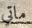
ماتي